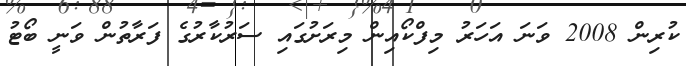
ކުރިން 2008 ވަނަ އަހަރު މިފްކޯއިން މިރަށުގައި ސަރުކާރުގެ ފަރާތުން ވަނީ ބޯޓު